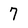
Character: 7